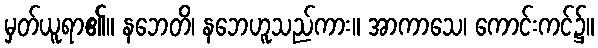
မှတ်ယူရာ၏။ နဘေတိ၊ နဘေဟူသည်ကား။ အာကာသေ၊ ကောင်းကင်၌။